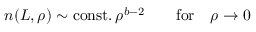
n ( L , \rho ) \sim \mathrm { c o n s t . } \, \rho ^ { b - 2 } \qquad \mathrm { f o r } \quad \rho \rightarrow 0